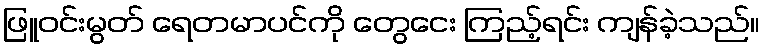
ဖြူဝင်းမွတ် ရေတမာပင်ကို တွေငေး ကြည့်ရင်း ကျန်ခဲ့သည်။